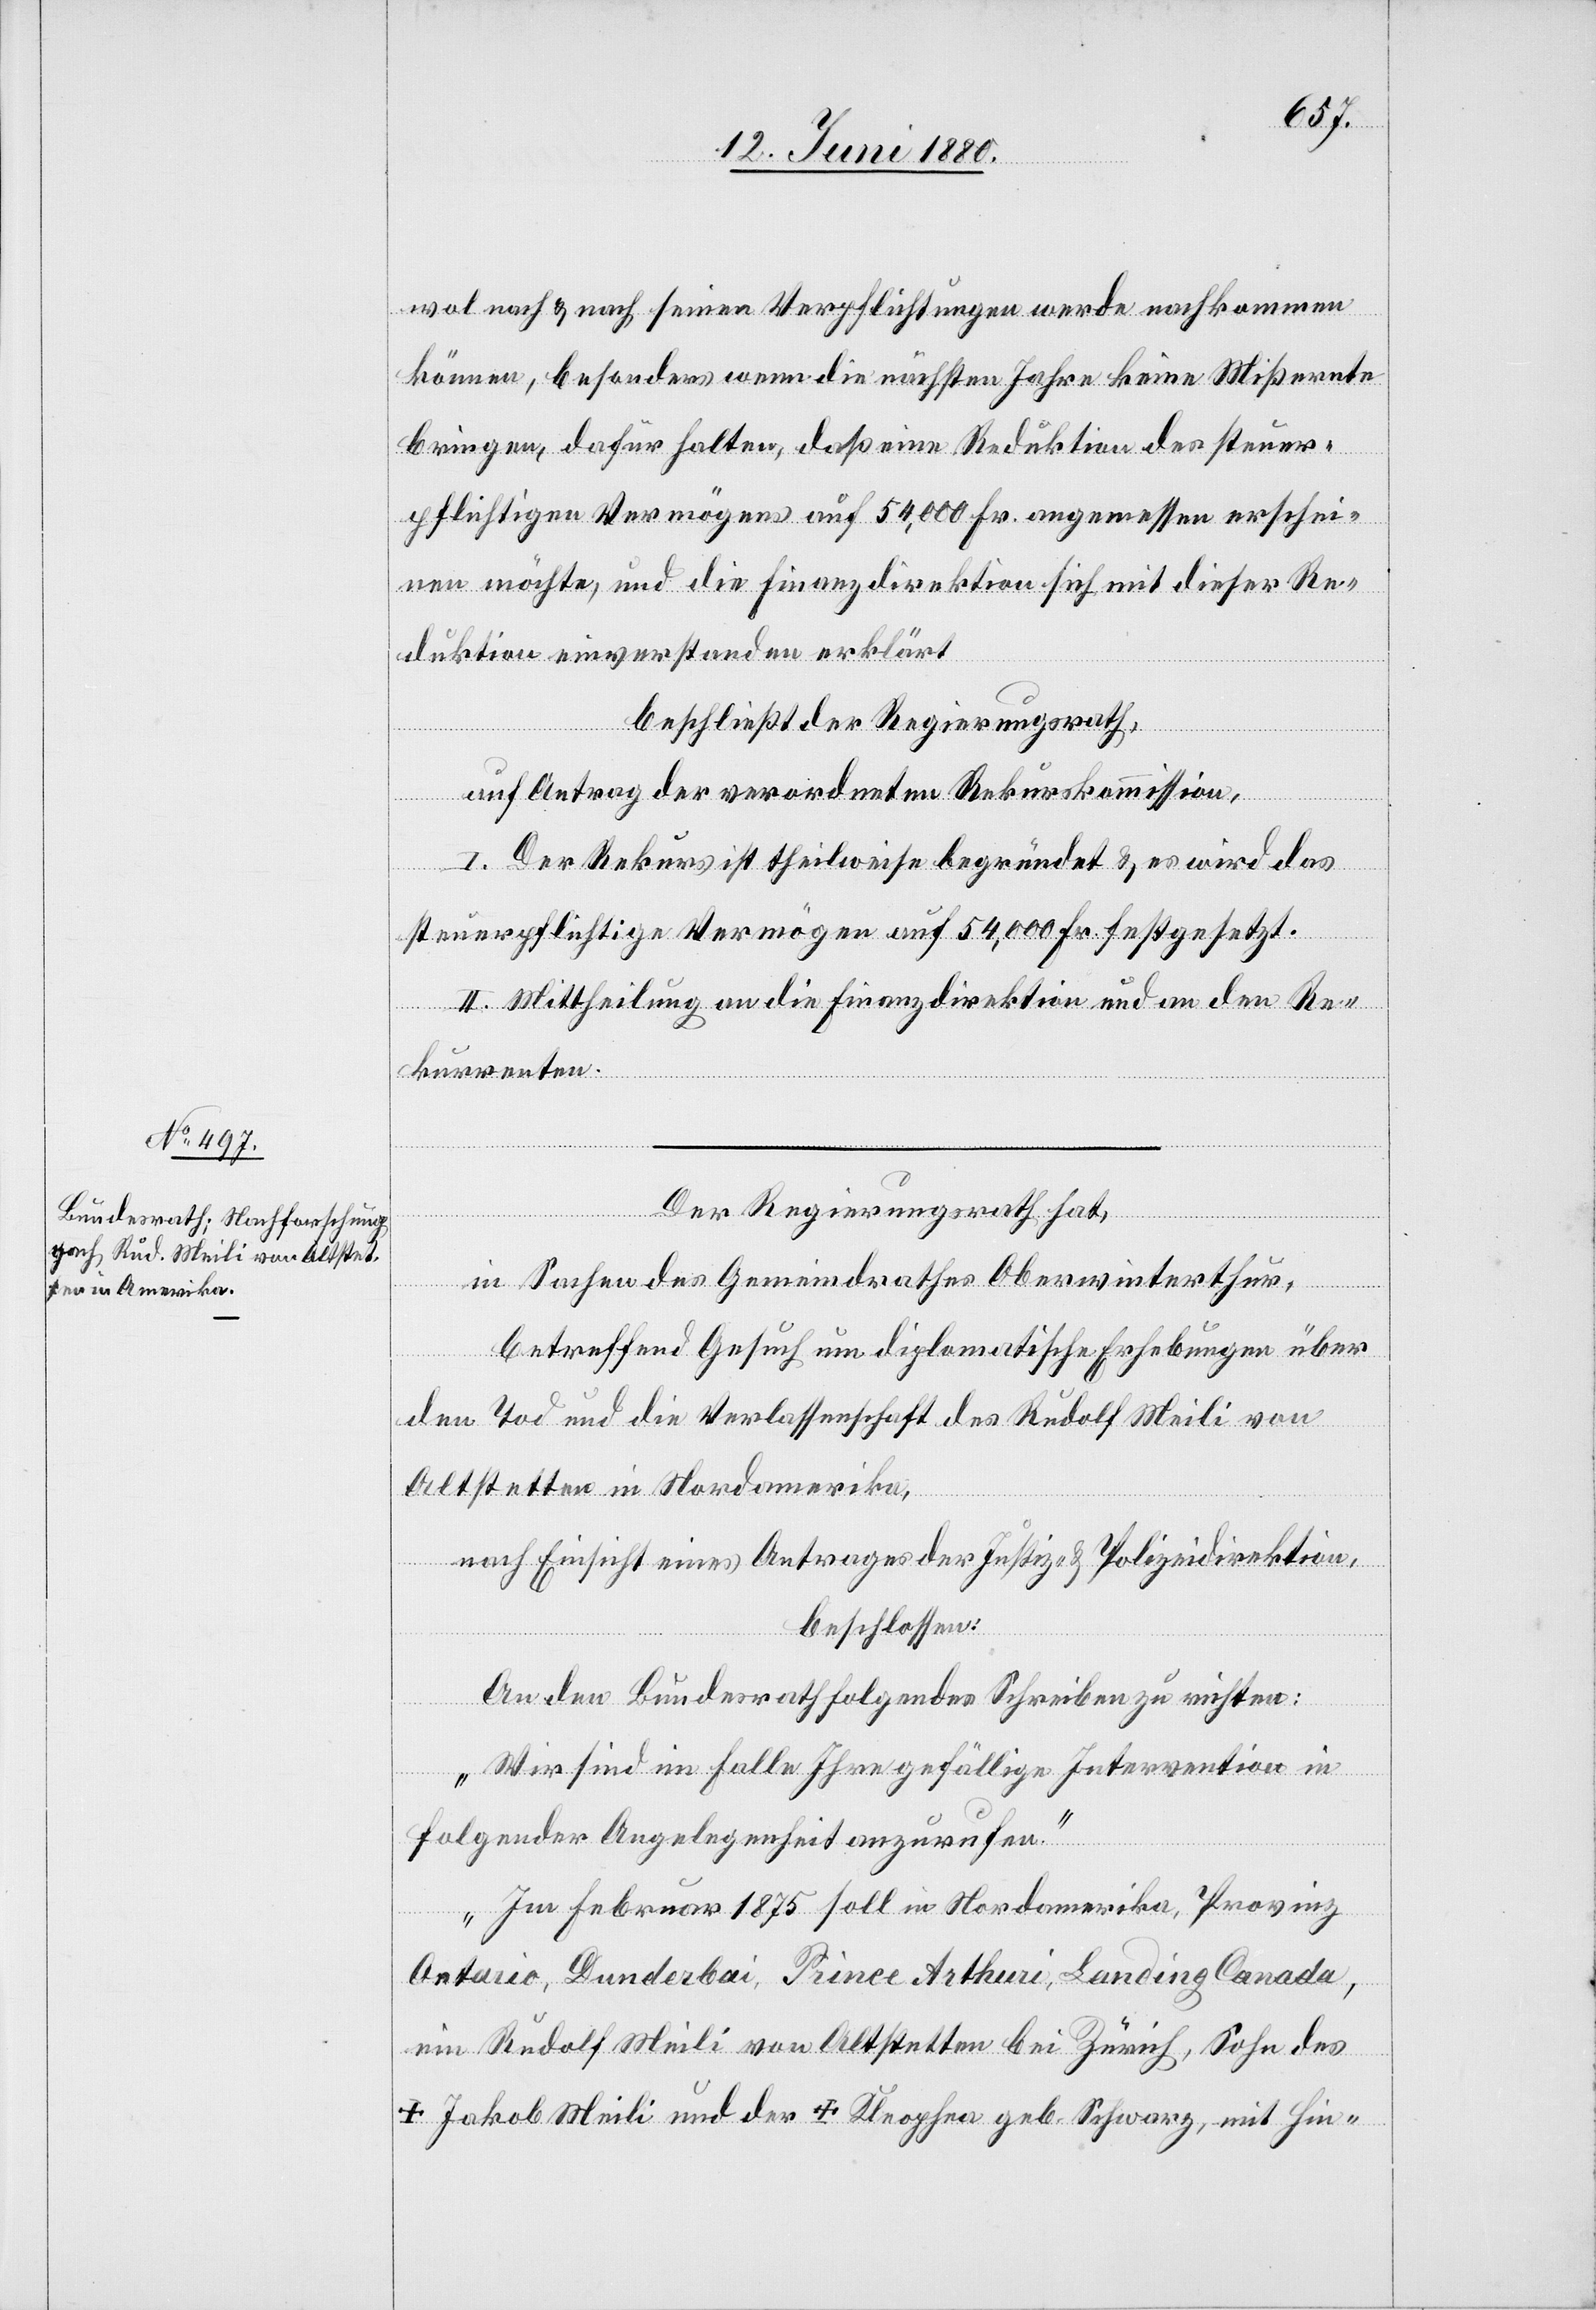
wol nach & nach seinen Verpflichtungen werde nachkommen
können, besonders wenn die nächsten Jahre keine Mißernte
bringen, dafür halten, daß eine Reduktion des steuer¬
pflichtigen Vermögens auf 54,000 Fr. angemessen erschei¬
nen möchte, und die Finanzdirektion sich mit dieser Re¬
duktion einverstanden erklärt
beschließt der Regierungsrath,
auf Antrag der verordneten Rekurskommission,
I. Der Rekurs ist theilweise begründet & es wird das
steuerpflichtige Vermögen auf 54,000 Fr. festgesetzt.
II. Mittheilung an die Finanzdirektion und an den Re¬
kurrenten.
Der Regierungsrath hat,
in Sachen des Gemeindrathes Oberwinterthur,
betreffend Gesuch um diplomatische Erhebungen über
den Tod und die Verlassenschaft des Rudolf Meili von
Altstetten in Nordamerika,
nach Einsicht eines Antrages der Justiz- & Polizeidirektion,
beschlossen:
An den Bundesrath folgendes Schreiben zu richten:
„Wir sind im Falle Ihre gefällige Intervention in
folgender Angelegenheit anzurufen.
Im Februar 1875 soll in Nordamerika, Provinz
Ontario, Dunderbai, Prince Arthuri, Landing Canada,
ein Rudolf Meili von Altstetten bei Zürich, Sohn des
†Jakob Meili und der †Kleophea geb. Schwarz, mit Hin-